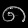
Digit: ၈